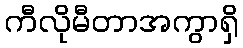
ကီလိုမီတာအကွာရှိ